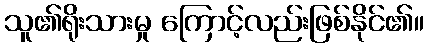
သူ၏ရိုးသားမှု ကြောင့်လည်းဖြစ်နိုင်၏။